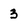
Character: 3